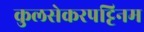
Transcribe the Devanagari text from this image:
कुलसेकरपट्टिनम